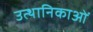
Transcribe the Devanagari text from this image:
उत्थानिकाओं